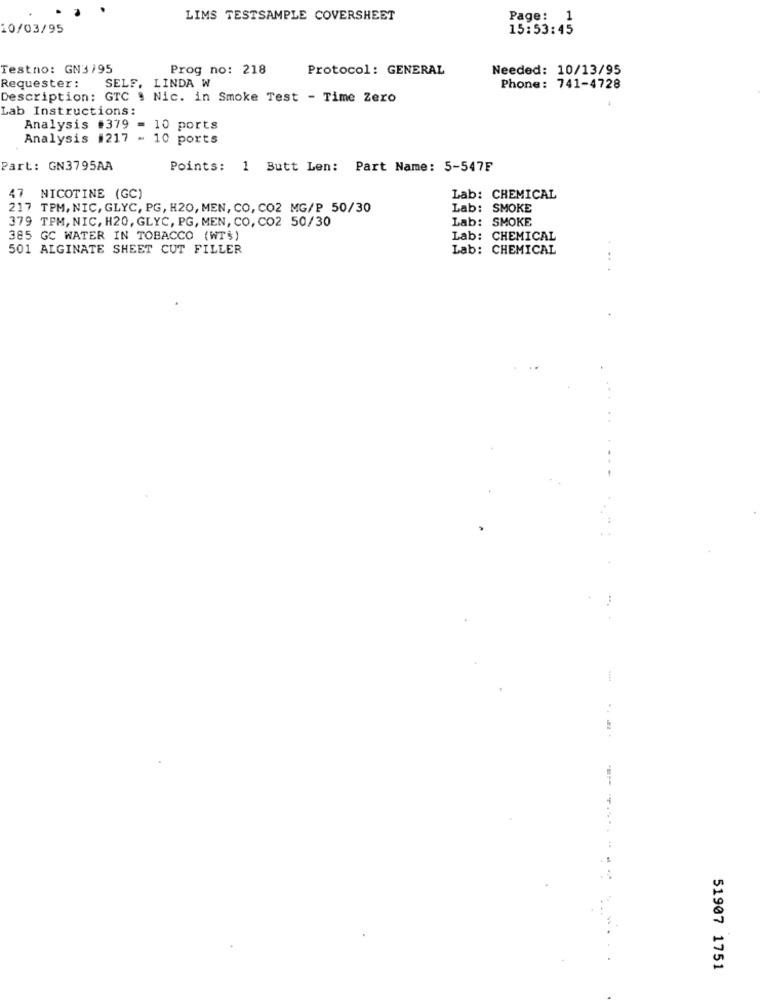
LIMS TESTSAMPLE COVERSHEET
Page: 1
10/03/95
15:53:45
Testno: GN3195
Prog no: 218
Protocol: GENERAL
Needed: 10/13/95
Requester :
SELF. LINDA W
Phone: 741-4728
Description: GTC . Nic. in Smoke Test - Time Zero
Lab Instructions:
Analysis #379 = 10 ports
Analysis #217 - 10 ports
Part: GN3795AA
Points:
1 Butt Len: Part Name: 5-547F
47 NICOTINE (GC)
Lab: CHEMICAL
217 TPM, NIC, GLYC, PG, H20, MEN, CO, CO2 MG/P 50/30
Lab: SMOKE
379 TPM, NIC, H20, GLYC, PG, MEN, CO, CO2 50/30
Lab: SMOKE
385 GC WATER IN TOBACCO (WT$)
Lab: CHEMICAL
501 ALGINATE SHEET CUT FILLER
Lab: CHEMICAL
..
51907 1751